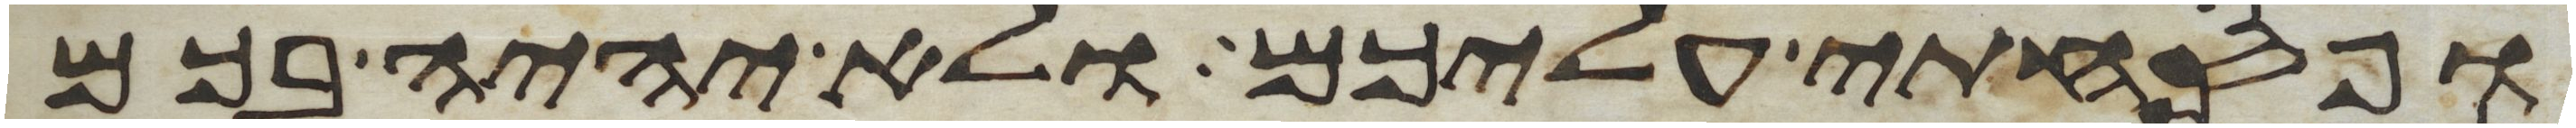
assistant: ופסחתי עליכם ולא יהיה בכם